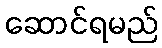
ဆောင်ရမည်